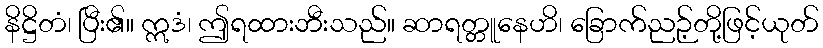
နိဋ္ဌိတံ၊ ပြီး၏။ ဣဒံ၊ ဤရထားဘီးသည်။ ဆာရတ္တူနေဟိ၊ ခြောက်ညဉ့်တို့ဖြင့်ယုတ်